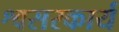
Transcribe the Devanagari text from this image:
श्वसरकार्य